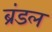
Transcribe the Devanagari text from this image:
ब्रंडल